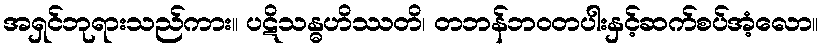
အရှင်ဘုရားသည်ကား။ ပဋိသန္ဓဟိဿတိ၊ တဘန်ဘဝတပါးနှင့်ဆက်စပ်အံ့လော။